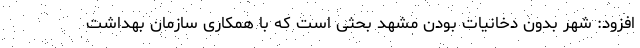
افزود: شهر بدون دخانیات بودن مشهد بحثی است که با همکاری سازمان بهداشت